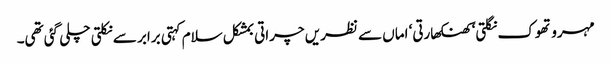
مہرو تھوک نگلتی‘ کھنکھارتی‘ اماں سے نظریں چراتی بمشکل سلام کہتی برابر سے نکلتی چلی گئی تھی۔